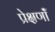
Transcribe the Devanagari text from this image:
प्रेक्षणॉं